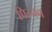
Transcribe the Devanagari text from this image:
पिन्चन